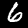
Digit: 6